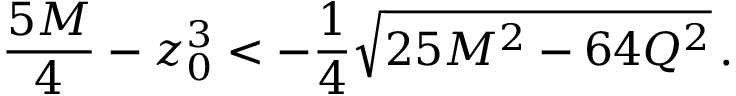
{ \frac { 5 M } { 4 } } - z _ { 0 } ^ { 3 } < - { \frac { 1 } { 4 } } \sqrt { 2 5 M ^ { 2 } - 6 4 Q ^ { 2 } } \, .